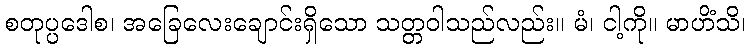
စတုပ္ပဒေါစ၊ အခြေလေးချောင်းရှိသော သတ္တဝါသည်လည်း။ မံ၊ ငါ့ကို။ မာဟိံသိ၊